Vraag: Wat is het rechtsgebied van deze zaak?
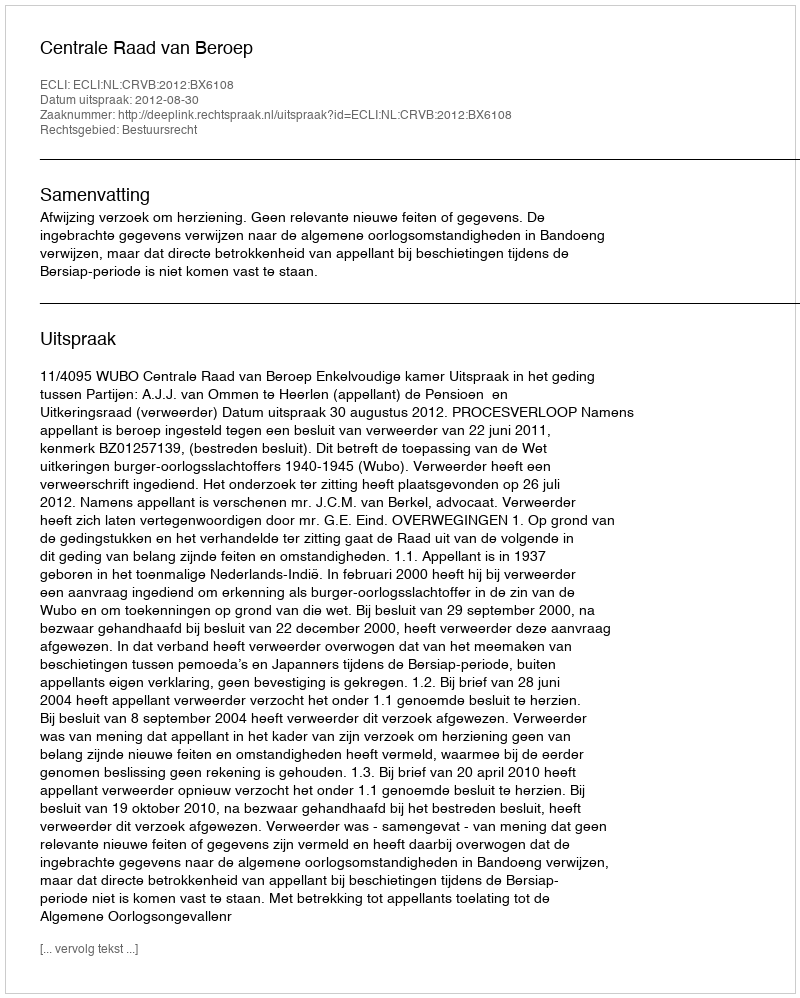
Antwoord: Bestuursrecht